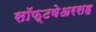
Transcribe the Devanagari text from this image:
सॉफ्टवेअरसह